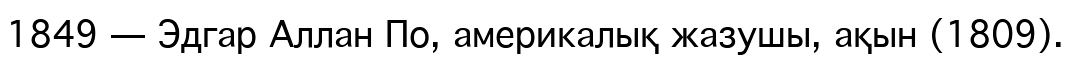
1849 — Эдгар Аллан По, америкалық жазушы, ақын (1809).